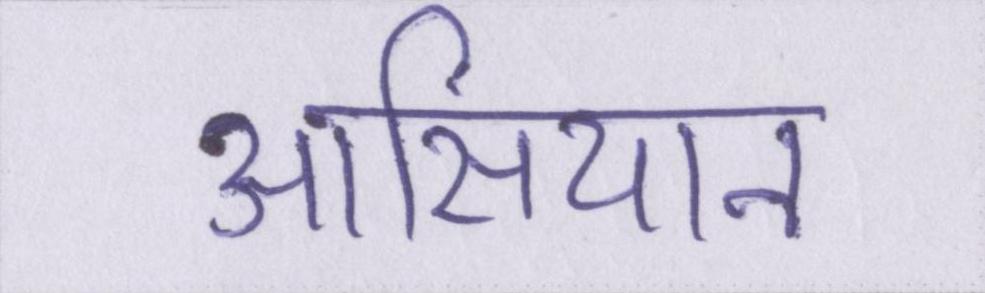
आसियान